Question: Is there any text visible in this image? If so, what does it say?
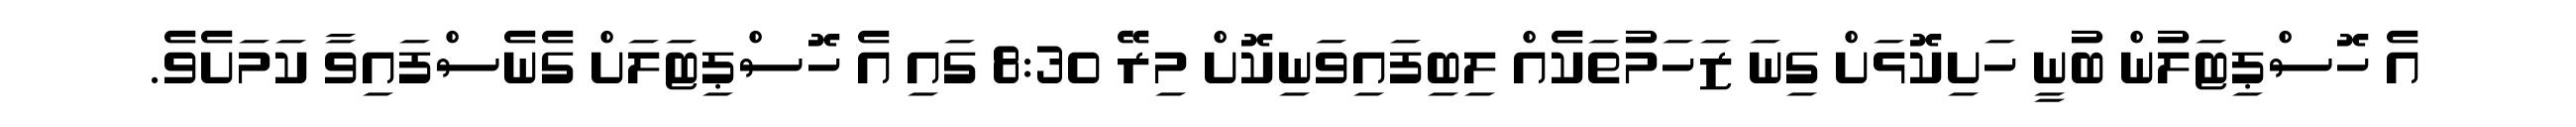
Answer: އެ ހޮސްޕިޓަލުން ބުނީ ހަށިކޮޅަށް ގިނަ ޒަހަމުތަކެއް ލިބިފައިވަނިކޮށް މިރޭ 8:30 ގައި އެ ހޮސްޕިޓަލަށް ގެނެސްފައިވާ ކަމަށެވެ.